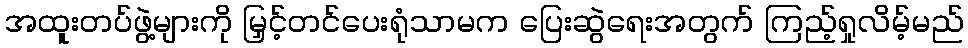
အထူးတပ်ဖွဲ့များကို မြှင့်တင်ပေးရုံသာမက ပြေးဆွဲရေးအတွက် ကြည့်ရှုလိမ့်မည်